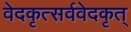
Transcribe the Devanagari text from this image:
वेदकृत्सर्ववेदकृत्